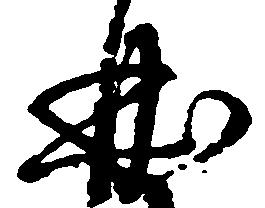
曲